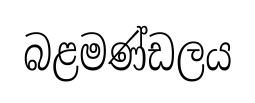
බළමණ්ඩලය